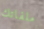
ملفاتك